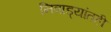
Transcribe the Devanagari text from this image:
निवाड्यांतही